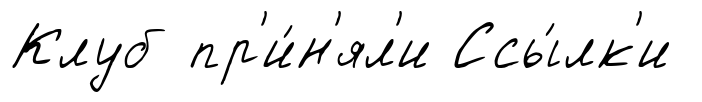
Клуб пр'и́н'ял'и Ссы́лк'и